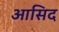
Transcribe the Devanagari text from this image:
आसिद